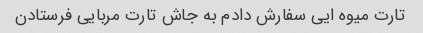
تارت میوه ایی سفارش دادم به جاش تارت مربایی فرستادن